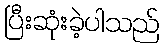
ပြီးဆုံးခဲ့ပါသည်